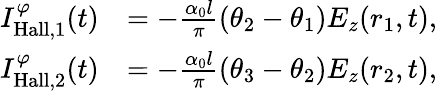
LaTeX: \begin{array}{rl}{I_{\mathrm{Hall},1}^{\varphi}(t)}&{=-\frac{\alpha_{0}l}{\pi}(\theta_{2}-\theta_{1})E_{z}(r_{1},t),}\\ {I_{\mathrm{Hall},2}^{\varphi}(t)}&{=-\frac{\alpha_{0}l}{\pi}(\theta_{3}-\theta_{2})E_{z}(r_{2},t),}\end{array}